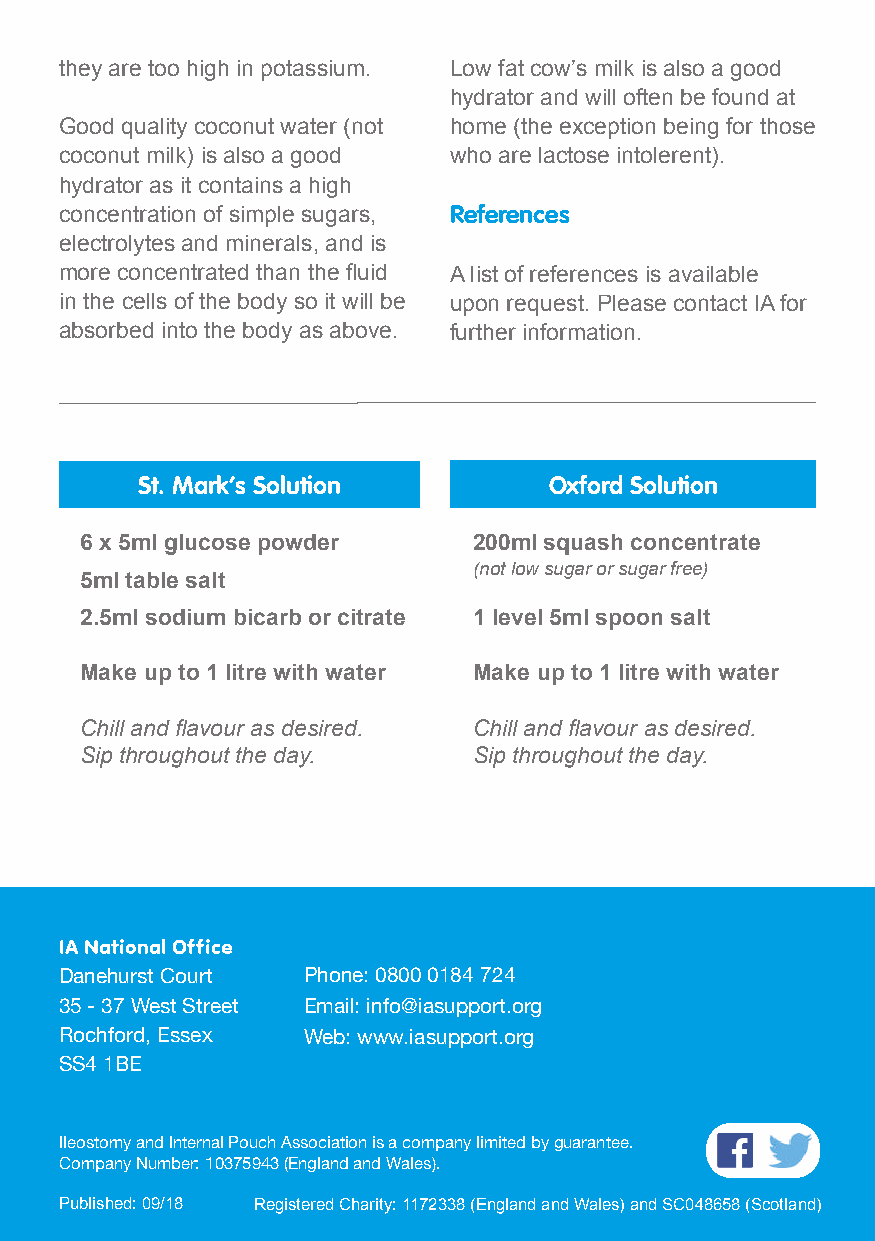
they are too high in potassium. Low fat cow’s milk is also a good
 hydrator and will often be found at
 Good quality coconut water (not home (the exception being for those
 coconut milk) is also a good who are lactose intolerent).
 hydrator as it contains a high
 concentration of simple sugars, References
 electrolytes and minerals, and is
 more concentrated than the fluid A list of references is available
 in the cells of the body so it will be upon request. Please contact IA for
 absorbed into the body as above. further information.
 St. Mark’s Solution        Oxford Solution
 6 x 5ml glucose powder    200ml squash concentrate
 (not low sugar or sugar free)
 5ml table salt
 2.5ml sodium bicarb or citrate 1 level 5ml spoon salt
 Make up to 1 litre with water Make up to 1 litre with water
 Chill and flavour as desired. Chill and flavour as desired.
 Sip throughout the day.   Sip throughout the day.
 IA National Office
 Danehurst Court Phone: 0800 0184 724
 35 - 37 West Street Email: info@iasupport.org
 Rochford, Essex Web: www.iasupport.org
 SS4 1BE
 Ileostomy and Internal Pouch Association is a company limited by guarantee.
 Company Number: 10375943 (England and Wales).
 Published: 09/18 Registered Charity: 1172338 (England and Wales) and SC048658 (Scotland)